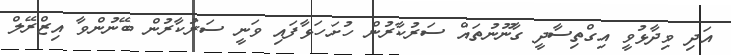
އަދި ވިދާޅުވީ އިގްތިސާދީ ގާނޫނުތައް ސަރުކާރުން ހުށަހަޅާފައި ވަނީ ސަރުކާރުން ބޭނުންވާ އިޒްރޭލް